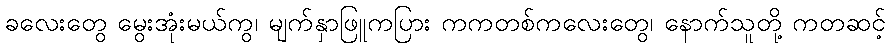
ခလေးတွေ မွေးအုံးမယ်ကွ၊ မျက်နှာဖြူကပြား ကကတစ်ကလေးတွေ၊ နောက်သူတို့ ကတဆင့်